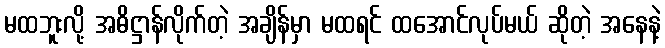
မထဘူးလို့ အဓိဋ္ဌာန်လိုက်တဲ့ အချိန်မှာ မထရင် ထအောင်လုပ်မယ် ဆိုတဲ့ အနေနဲ့